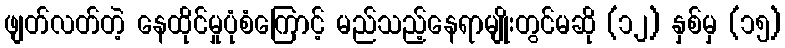
ဖျတ်လတ်တဲ့ နေထိုင်မှုပုံစံကြောင့် မည်သည့်နေရာမျိုးတွင်မဆို (၁၂) နှစ်မှ (၁၅)